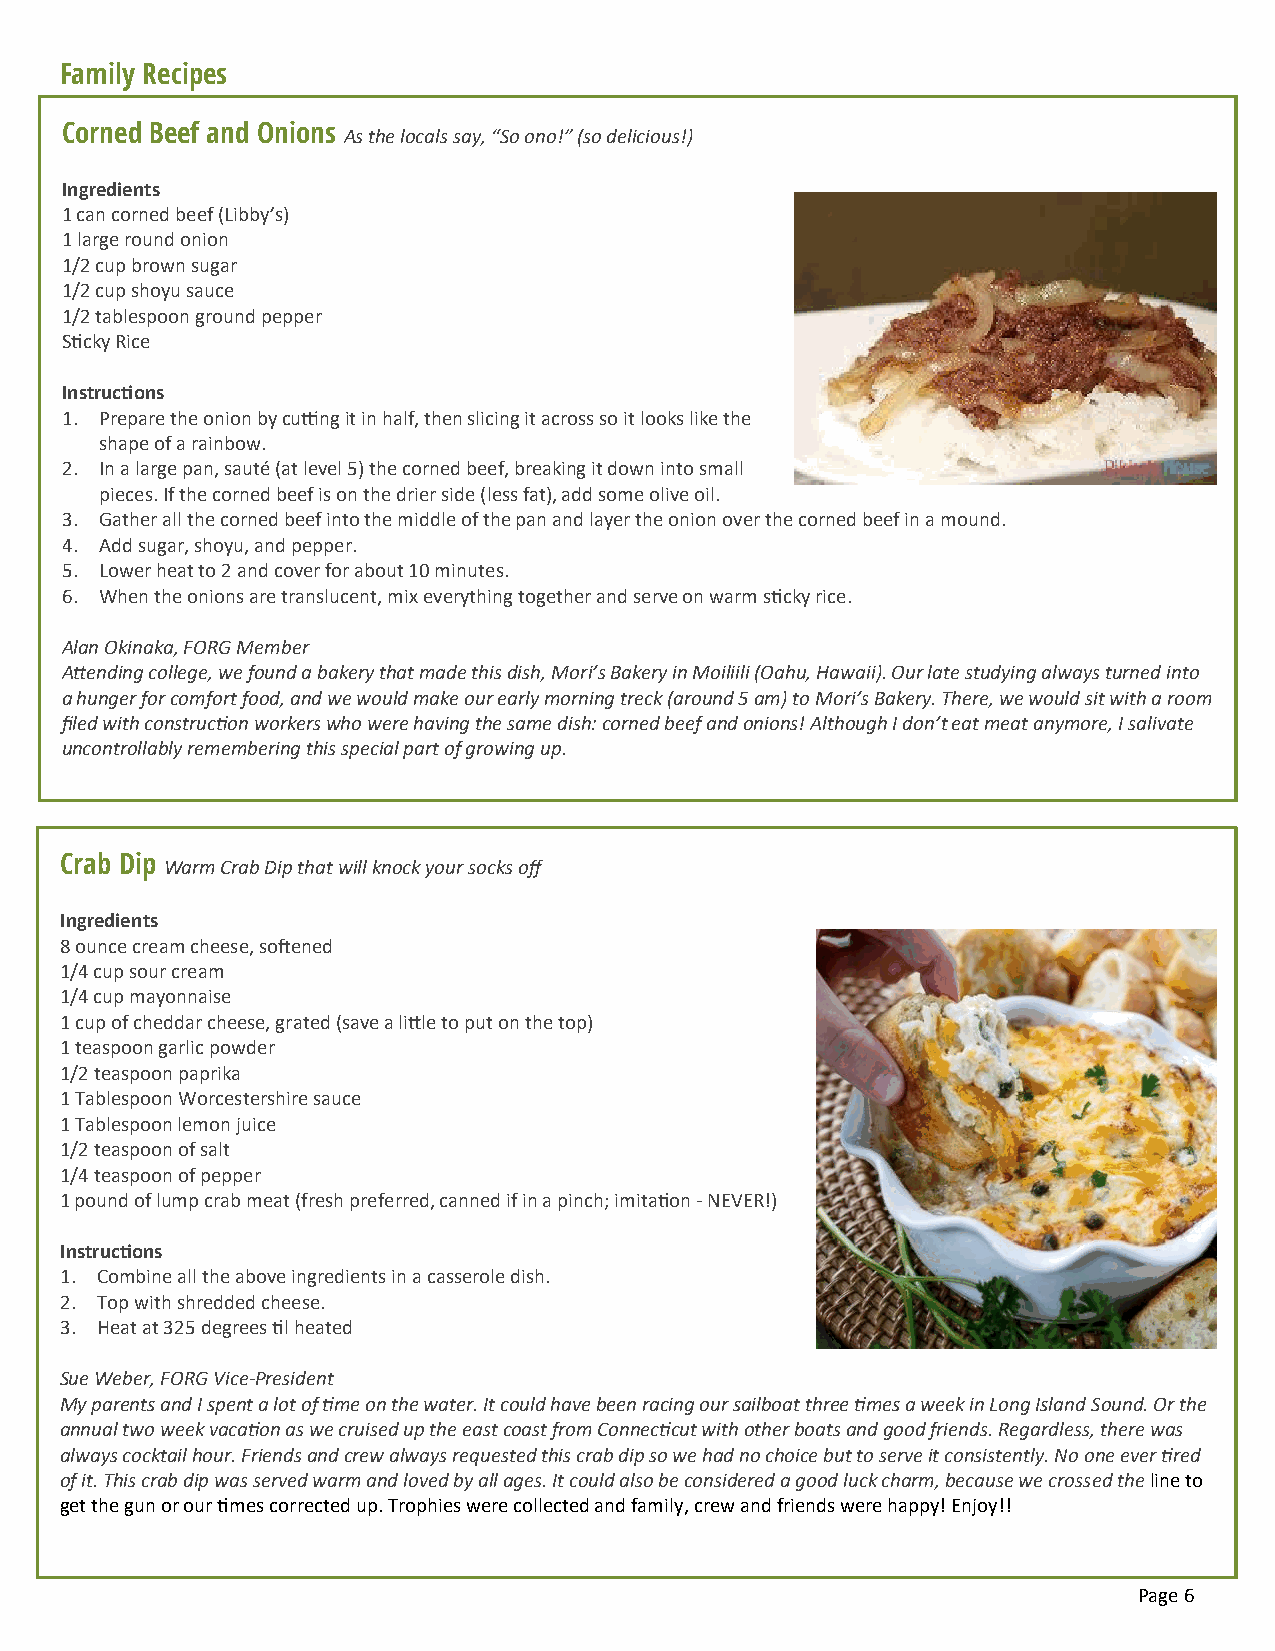
Family Recipes
 Corned Beef and Onions
 As the locals say, “So ono!” (so delicious!)
 Ingredients
 1 can corned beef (Libby’s)
 1 large round onion
 1/2 cup brown sugar
 1/2 cup shoyu sauce
 1/2 tablespoon ground pepper
 Sticky Rice
 Instructions
 1. Prepare the onion by cutting it in half, then slicing it across so it looks like the
 shape of a rainbow.
 2. In a large pan, sauté (at level 5) the corned beef, breaking it down into small
 pieces. If the corned beef is on the drier side (less fat), add some olive oil.
 3. Gather all the corned beef into the middle of the pan and layer the onion over the corned beef in a mound.
 4. Add sugar, shoyu, and pepper.
 5. Lower heat to 2 and cover for about 10 minutes.
 6. When the onions are translucent, mix everything together and serve on warm sticky rice.
 Alan Okinaka, FORG Member
 Attending college, we found a bakery that made this dish, Mori’s Bakery in Moiliili (Oahu, Hawaii). Our late studying always turned into
 a hunger for comfort food, and we would make our early morning treck (around 5 am) to Mori’s Bakery. There, we would sit with a room
 filed with construction workers who were having the same dish: corned beef and onions! Although I don’t eat meat anymore, I salivate
 uncontrollably remembering this special part of growing up.
 Crab Dip
 Warm Crab Dip that will knock your socks off
 Ingredients
 8 ounce cream cheese, softened
 1/4 cup sour cream
 1/4 cup mayonnaise
 1 cup of cheddar cheese, grated (save a little to put on the top)
 1 teaspoon garlic powder
 1/2 teaspoon paprika
 1 Tablespoon Worcestershire sauce
 1 Tablespoon lemon juice
 1/2 teaspoon of salt
 1/4 teaspoon of pepper
 1 pound of lump crab meat (fresh preferred, canned if in a pinch; imitation - NEVER!)
 Instructions
 1. Combine all the above ingredients in a casserole dish.
 2. Top with shredded cheese.
 3. Heat at 325 degrees til heated
 Sue Weber, FORG Vice-President
 My parents and I spent a lot of time on the water. It could have been racing our sailboat three times a week in Long Island Sound. Or the
 annual two week vacation as we cruised up the east coast from Connecticut with other boats and good friends. Regardless, there was
 always cocktail hour. Friends and crew always requested this crab dip so we had no choice but to serve it consistently. No one ever tired
 of it. This crab dip was served warm and loved by all ages. It could also be considered a good luck charm, because we crossed the line to
 get the gun or our times corrected up. Trophies were collected and family, crew and friends were happy! Enjoy!!
 Page 6